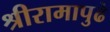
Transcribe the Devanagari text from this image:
श्रीरामापुढे